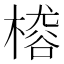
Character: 𣙴